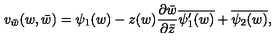
v _ { \bar { w } } ( w , \bar { w } ) = \psi _ { 1 } ( w ) - z ( w ) \frac { \partial \bar { w } } { \partial \bar { z } } \overline { { \psi _ { 1 } ^ { \prime } ( w ) } } + \overline { { \psi _ { 2 } ( w ) } } ,